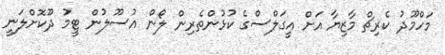
މަހްމޫދު ކެރިޗް މާޒިޔާ އަށް އީގަލްސްގެ ކުޅުންތެރިން ލޯން އުސޫލުން ޓީމު ދޫކޮށްލަނީ